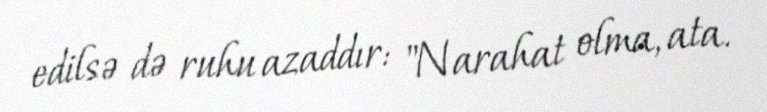
edilsə də ruhu azaddır: "Narahat olma, ata.